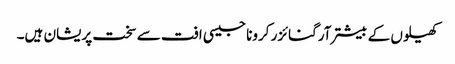
کھیلوں کے بیشتر آرگنائزر کرونا جیسی افت سے سخت پریشان ہیں۔